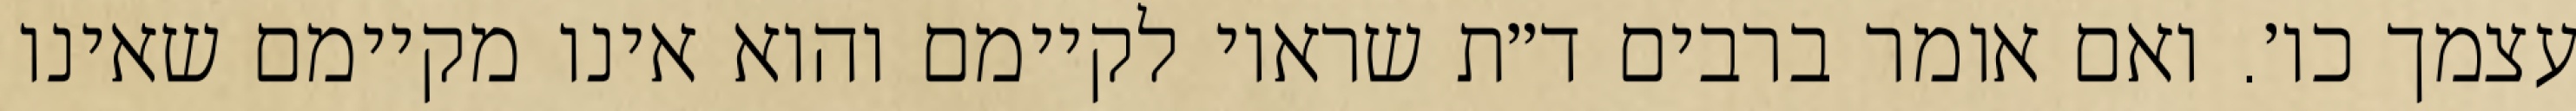
עצמך כו׳. ואם אומר ברבים ד״ת שראוי לקיימם והוא אינו מקיימם שאינו